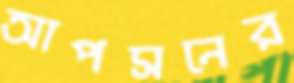
আপসনের